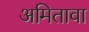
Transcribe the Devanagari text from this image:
अमितावा